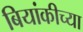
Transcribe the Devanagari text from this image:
बियांकीच्या